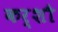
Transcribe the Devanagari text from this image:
कर्शौ